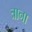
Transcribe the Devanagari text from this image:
त्राना